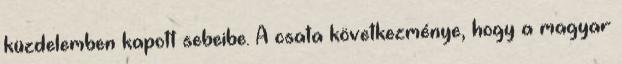
küzdelemben kapott sebeibe. A csata következménye, hogy a magyar